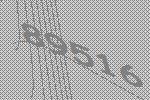
89516